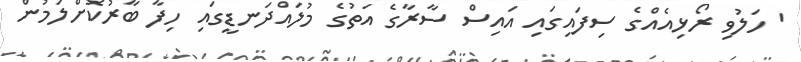
' ހަލުވި ރޯޅިއެއްގެ ސިފައިގައި އައިސް ސާރާގެ އަތުގެ މުލައްދަނޑީގައި ހިފާ ބާރުކޮށްލަމުން